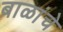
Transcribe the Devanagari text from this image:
बाळांचे